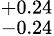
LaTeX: ^{+0.24}_{-0.24}